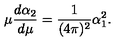
\mu { \frac { d \alpha _ { 2 } } { d \mu } } = { \frac { 1 } { ( 4 \pi ) ^ { 2 } } } \alpha _ { 1 } ^ { 2 } .